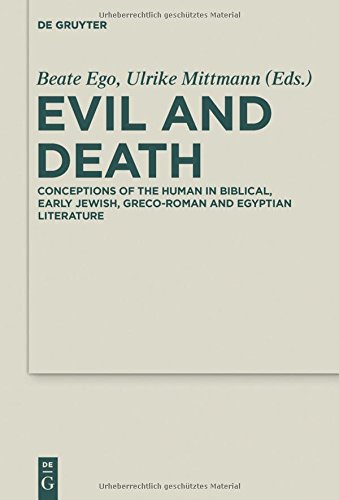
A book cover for Evil and Death (Deutercanonical and Cognate Literature Studies); Beate Ego; Religion & Spirituality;